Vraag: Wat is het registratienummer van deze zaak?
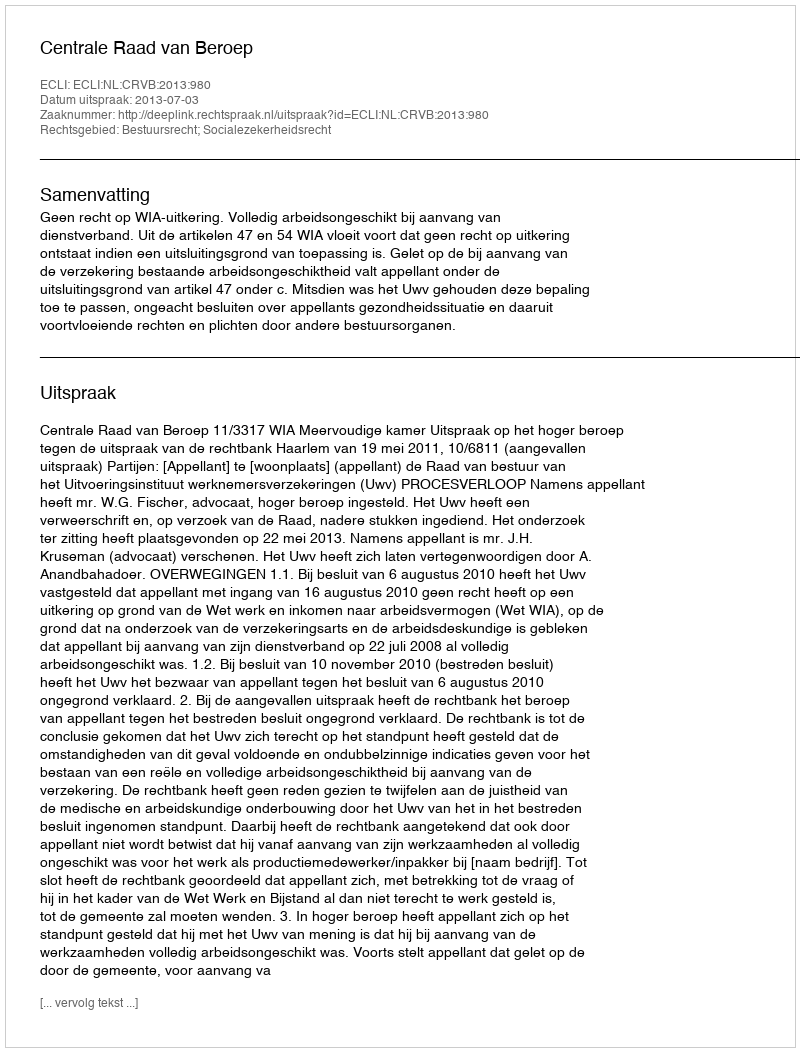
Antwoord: http://deeplink.rechtspraak.nl/uitspraak?id=ECLI:NL:CRVB:2013:980